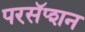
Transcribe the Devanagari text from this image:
परसॅप्शन